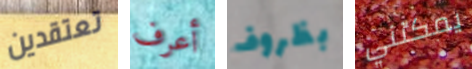
تعتقدين أعرف بظروف يمكنني